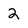
Character: 2